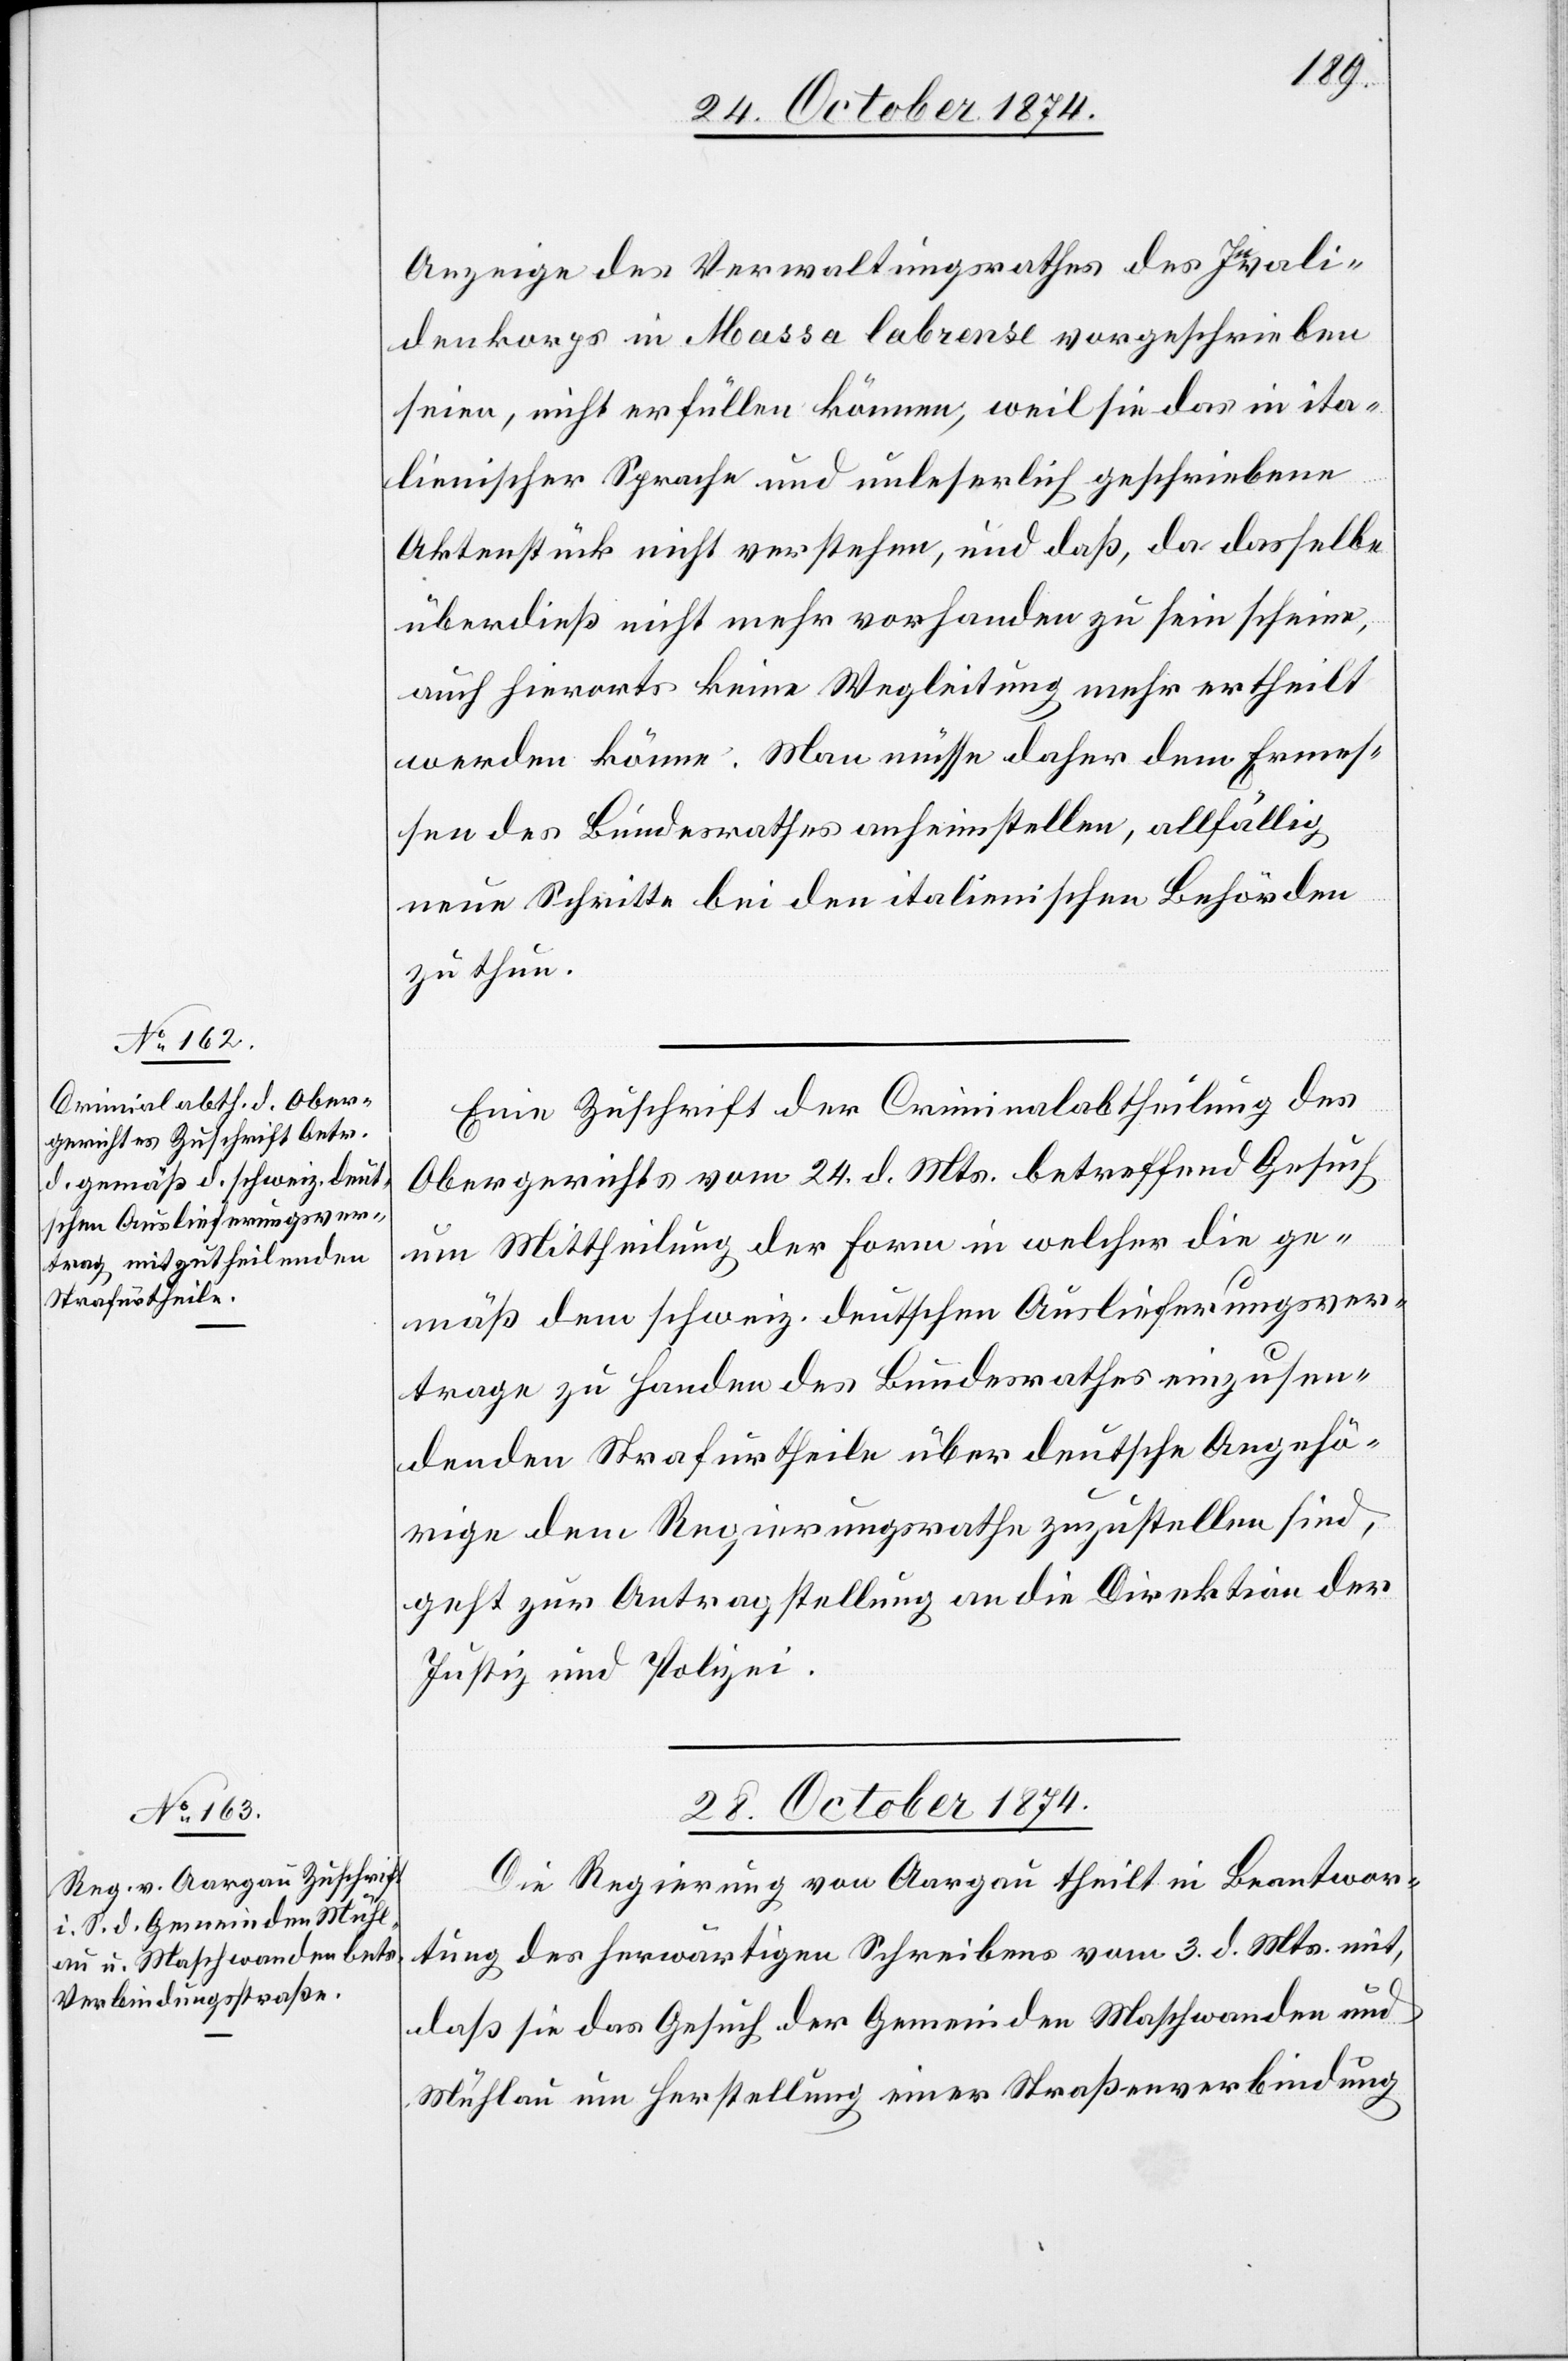
Anzeige des Verwaltungsrathes des Invali¬
denkorps in Massa Cabrense vorgeschrieben
seien, nicht erfüllen können, weil sie das in ita¬
lienischer Sprache und unleserlich geschriebene
Aktenstück nicht verstehen, und daß, da dasselbe
überdieß nicht mehr vorhanden zu sein scheine,
auch hierorts keine Wegleitung mehr ertheilt
werden könne. Man müsse daher dem Ermes¬
sen des Bundesrathes anheimstellen, allfällig
neue Schritte bei den italienischen Behörden
zu thun.
Eine Zuschrift der Criminalabtheilung des
Obergerichts vom 24. d. Mts. betreffend Gesuch
um Mittheilung der Form in welcher die ge¬
mäß dem schweiz. deutschen Auslieferungsver¬
trage zu Handen des Bundesrathes einzusen¬
denden Strafurtheile über deutsche Angehö¬
rige dem Regierungsrathe zuzustellen sind,
geht zur Antragstellung an die Direktion der
Justiz und Polizei.
28. October 1874
Die Regierung von Aargau theilt in Beantwor¬
tung des herwärtigen Schreibens vom 3. d. Mts. mit,
daß sie das Gesuch der Gemeinden Maschwanden und
Mühlau um Herstellung einer Straßenverbindung